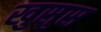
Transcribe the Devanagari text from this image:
खुसुस